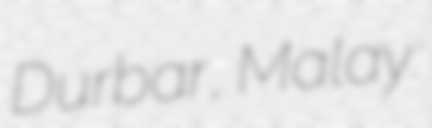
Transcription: Durbar, Malay: